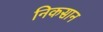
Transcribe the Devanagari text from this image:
निकसान